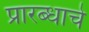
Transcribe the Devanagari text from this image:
प्रारब्धाचे